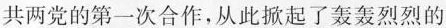
共两党的第一次合作，从此掀起了轰轰烈烈的